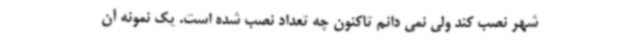
شهر نصب کند ولی نمی دانم تاکنون چه تعداد نصب شده است. یک نمونه آن